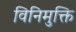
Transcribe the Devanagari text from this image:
विनिमुक्ति